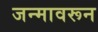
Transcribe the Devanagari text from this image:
जन्मावरून